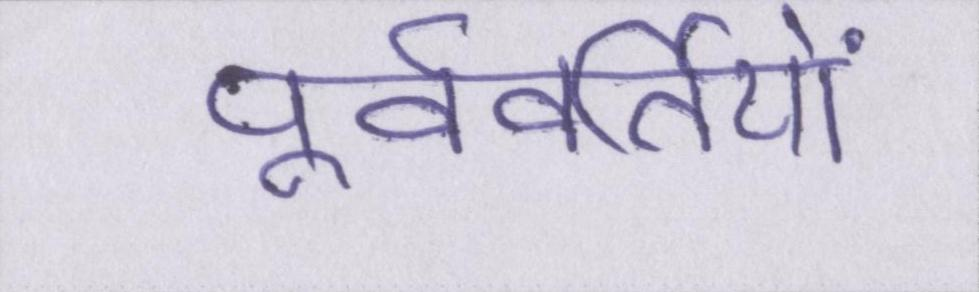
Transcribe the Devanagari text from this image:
पूर्ववर्तियों